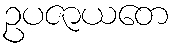
ဥပဇာယတေ